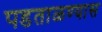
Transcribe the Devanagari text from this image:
पडताळण्यास